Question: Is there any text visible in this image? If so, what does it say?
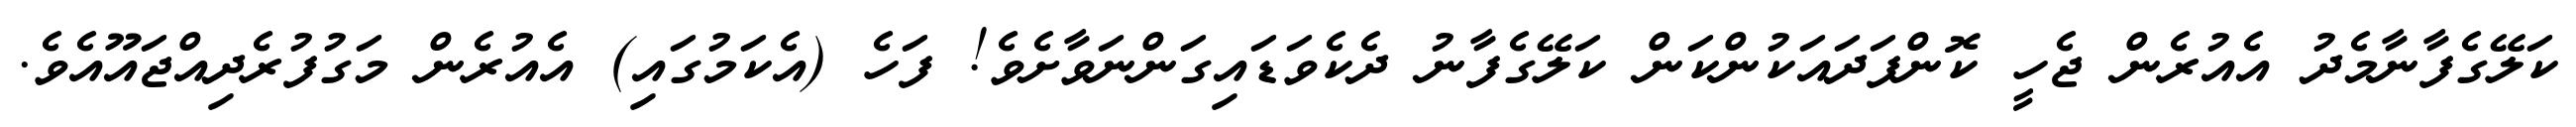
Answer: ކަލޭގެފާނާމެދު އެއުރެން ޖެހީ ކޮންފަދައަކުންކަން ކަލޭގެފާނު ދެކެވަޑައިގަންނަވާށެވެ! ފަހެ (އެކަމުގައި) އެއުރެން މަގުފުރެދިއްޖައޫއެވެ.